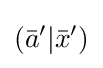
({\bar {a}}^{\prime }|{\bar {x}}^{\prime })